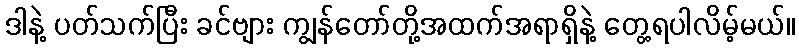
ဒါနဲ့ ပတ်သက်ပြီး ခင်ဗျား ကျွန်တော်တို့အထက်အရာရှိနဲ့ တွေ့ရပါလိမ့်မယ်။